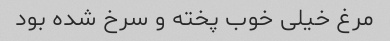
مرغ خیلی خوب پخته و سرخ شده بود